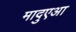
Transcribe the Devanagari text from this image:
मादुएआ